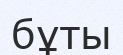
бұты